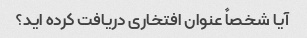
آیا شخصاً عنوان افتخاری دریافت کرده اید؟